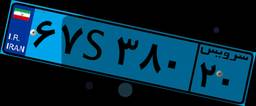
۶۷S۳۸۰۲۰